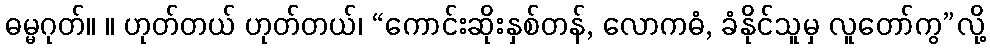
ဓမ္မဂုတ်။ ။ ဟုတ်တယ် ဟုတ်တယ်၊ “ကောင်းဆိုးနှစ်တန်, လောကဓံ, ခံနိုင်သူမှ လူတော်ကွ”လို့